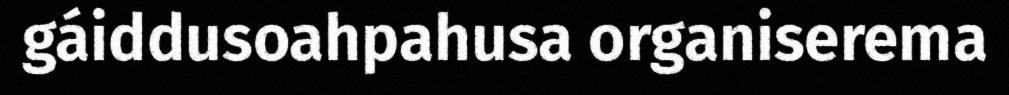
gáiddusoahpahusa organiserema